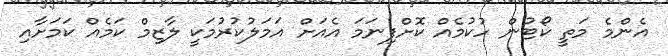
އެންމެ މަތީ ކޯޓުން ހުކުމެއް ކޮށްފިނަމަ އެއަށް އަމަލުކުރުމަކީ ލާޒިމް ކަމެއް ކަމަށާއި